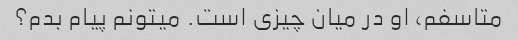
متاسفم، او در میان چیزی است. میتونم پیام بدم؟